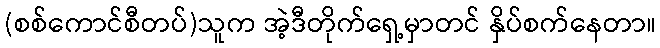
(စစ်ကောင်စီတပ်)သူက အဲ့ဒီတိုက်ရှေ့မှာတင် နှိပ်စက်နေတာ။